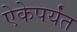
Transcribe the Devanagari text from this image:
ऐकेपर्यंत